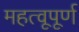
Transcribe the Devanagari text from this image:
महत्वूपूर्ण